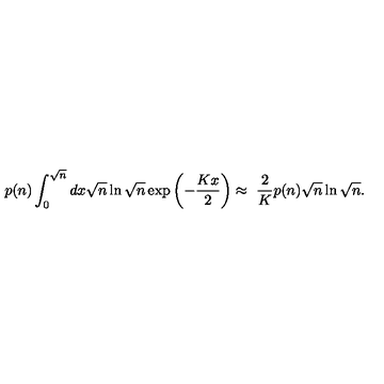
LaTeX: p ( n ) \int _ { 0 } ^ { \sqrt n } d x \sqrt n \ln \sqrt n \exp \left( - { \frac { K x } { 2 } } \right) \approx \ { \frac { 2 } { K } } p ( n ) \sqrt n \ln \sqrt n .